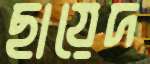
ছায়েদ